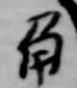
角